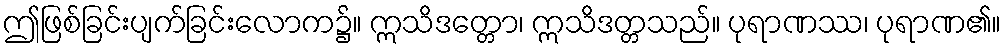
ဤဖြစ်ခြင်းပျက်ခြင်းလောက၌။ ဣသိဒတ္တော၊ ဣသိဒတ္တသည်။ ပုရာဏဿ၊ ပုရာဏ၏။